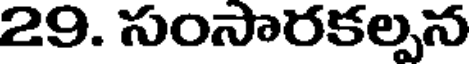
29. సంసారకల్పన